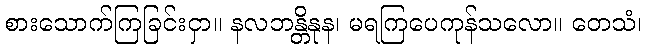
စားသောက်ကြခြင်းငှာ။ နလဘန္တိနုန၊ မရကြပေကုန်သလော။ တေသံ၊